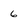
Character: 6